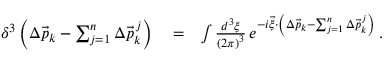
\begin{array} { r l r } { \delta ^ { 3 } \left( \Delta \vec { p } _ { k } - \sum _ { j = 1 } ^ { n } \Delta \vec { p } _ { k } ^ { \, j } \right) } & { { } = } & { \int \frac { d ^ { 3 } \xi } { \left( 2 \pi \right) ^ { 3 } } \, e ^ { - i \vec { \xi } \cdot \left( \Delta \vec { p } _ { k } - \sum _ { j = 1 } ^ { n } \Delta \vec { p } _ { k } ^ { \, j } \right) } \, . } \end{array}